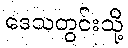
ဒေသတွင်းသို့